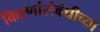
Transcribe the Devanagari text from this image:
किरणांसंबंधीच्या